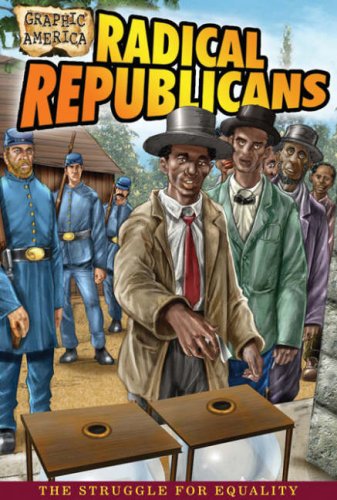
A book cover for Graphic America: Radical Republicans; John Perritano; Children's Books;